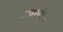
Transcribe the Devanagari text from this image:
काकाजीच्या